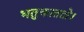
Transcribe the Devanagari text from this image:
भतुकाततो।